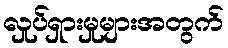
လှုပ်ရှားမှုများအတွက်